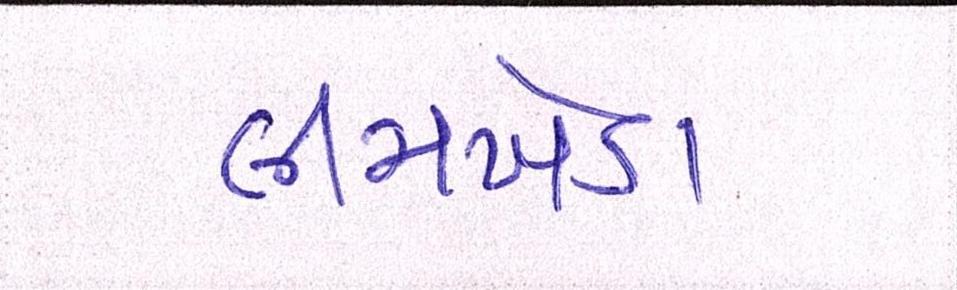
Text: લીમખેડા